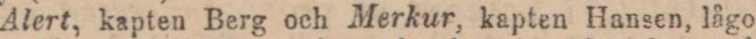
Alert, kapten Berg och Merkur, kapten Hansen, lågo